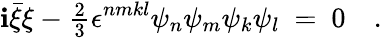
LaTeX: \mathbf{i}\bar{{\xi}}\xi-{\textstyle{\frac{2}{3}}}\epsilon^{nmkl}\psi_{n}\psi_{m}\psi_{k}\psi_{l}\ =\ 0\quad.